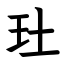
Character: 𤣰